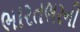
ભારતભરની